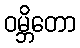
ဝမ္ဘိတော